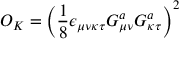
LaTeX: O _ { K } = \left( \frac 1 8 \epsilon _ { \mu \nu \kappa \tau } G _ { \mu \nu } ^ { a } G _ { \kappa \tau } ^ { a } \right) ^ { 2 }